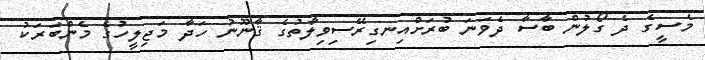
މެސީގެ ދެ ގޯލުން ބާސާ ދެވަނަ ބުރަށްއިނގިރޭސިވިލާތުގެ ޤާނޫނު ހަދާ މަޖިލީހުގެ މެންބަރަކު